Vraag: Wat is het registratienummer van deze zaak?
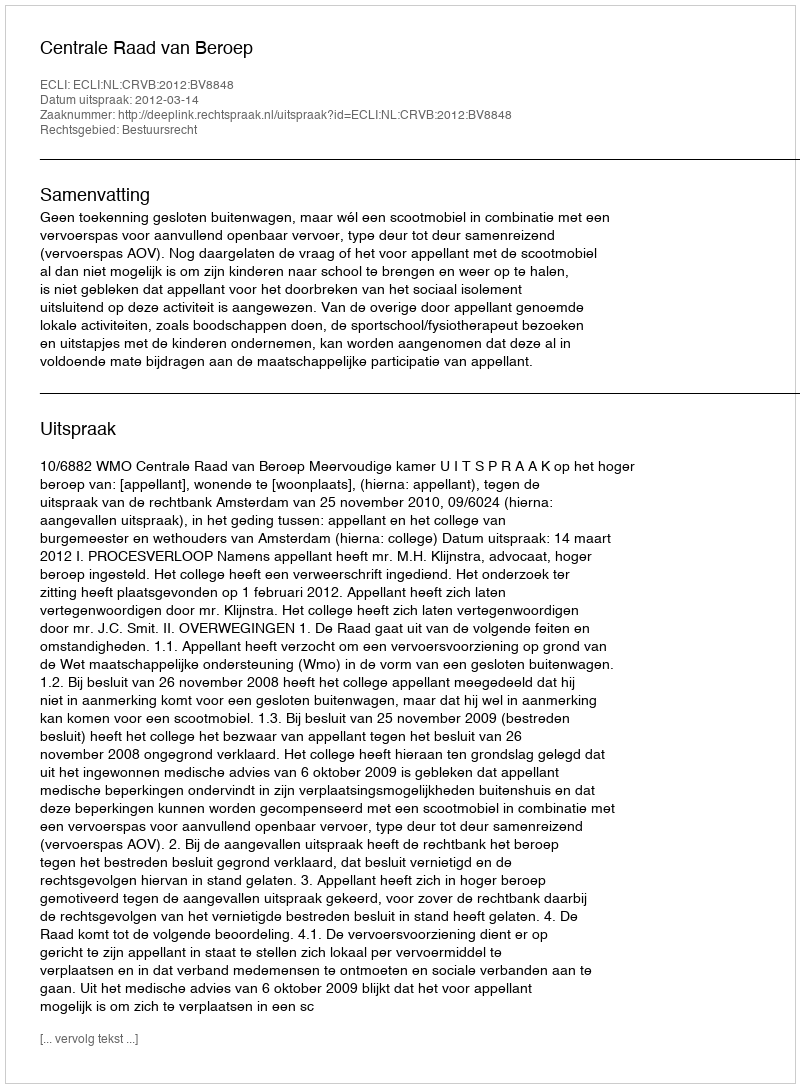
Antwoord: http://deeplink.rechtspraak.nl/uitspraak?id=ECLI:NL:CRVB:2012:BV8848